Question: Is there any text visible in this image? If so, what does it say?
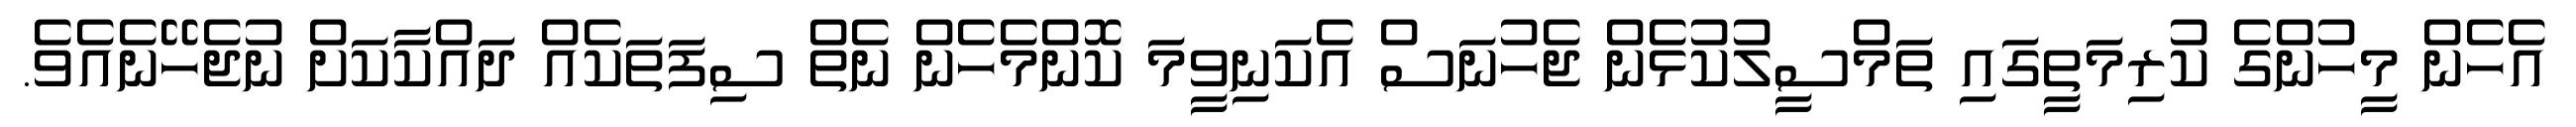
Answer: އެހެން މީހުންގެ ކުރިމަތީގައި ތަމްސީލުކުޅެން ޖެހުނަސް އެކަނިވީމަ ކޮންމެހެން ނެތް ސިފަތަކެއް ދައްކާކަށް ނުޖެހޭނެއެވެ.